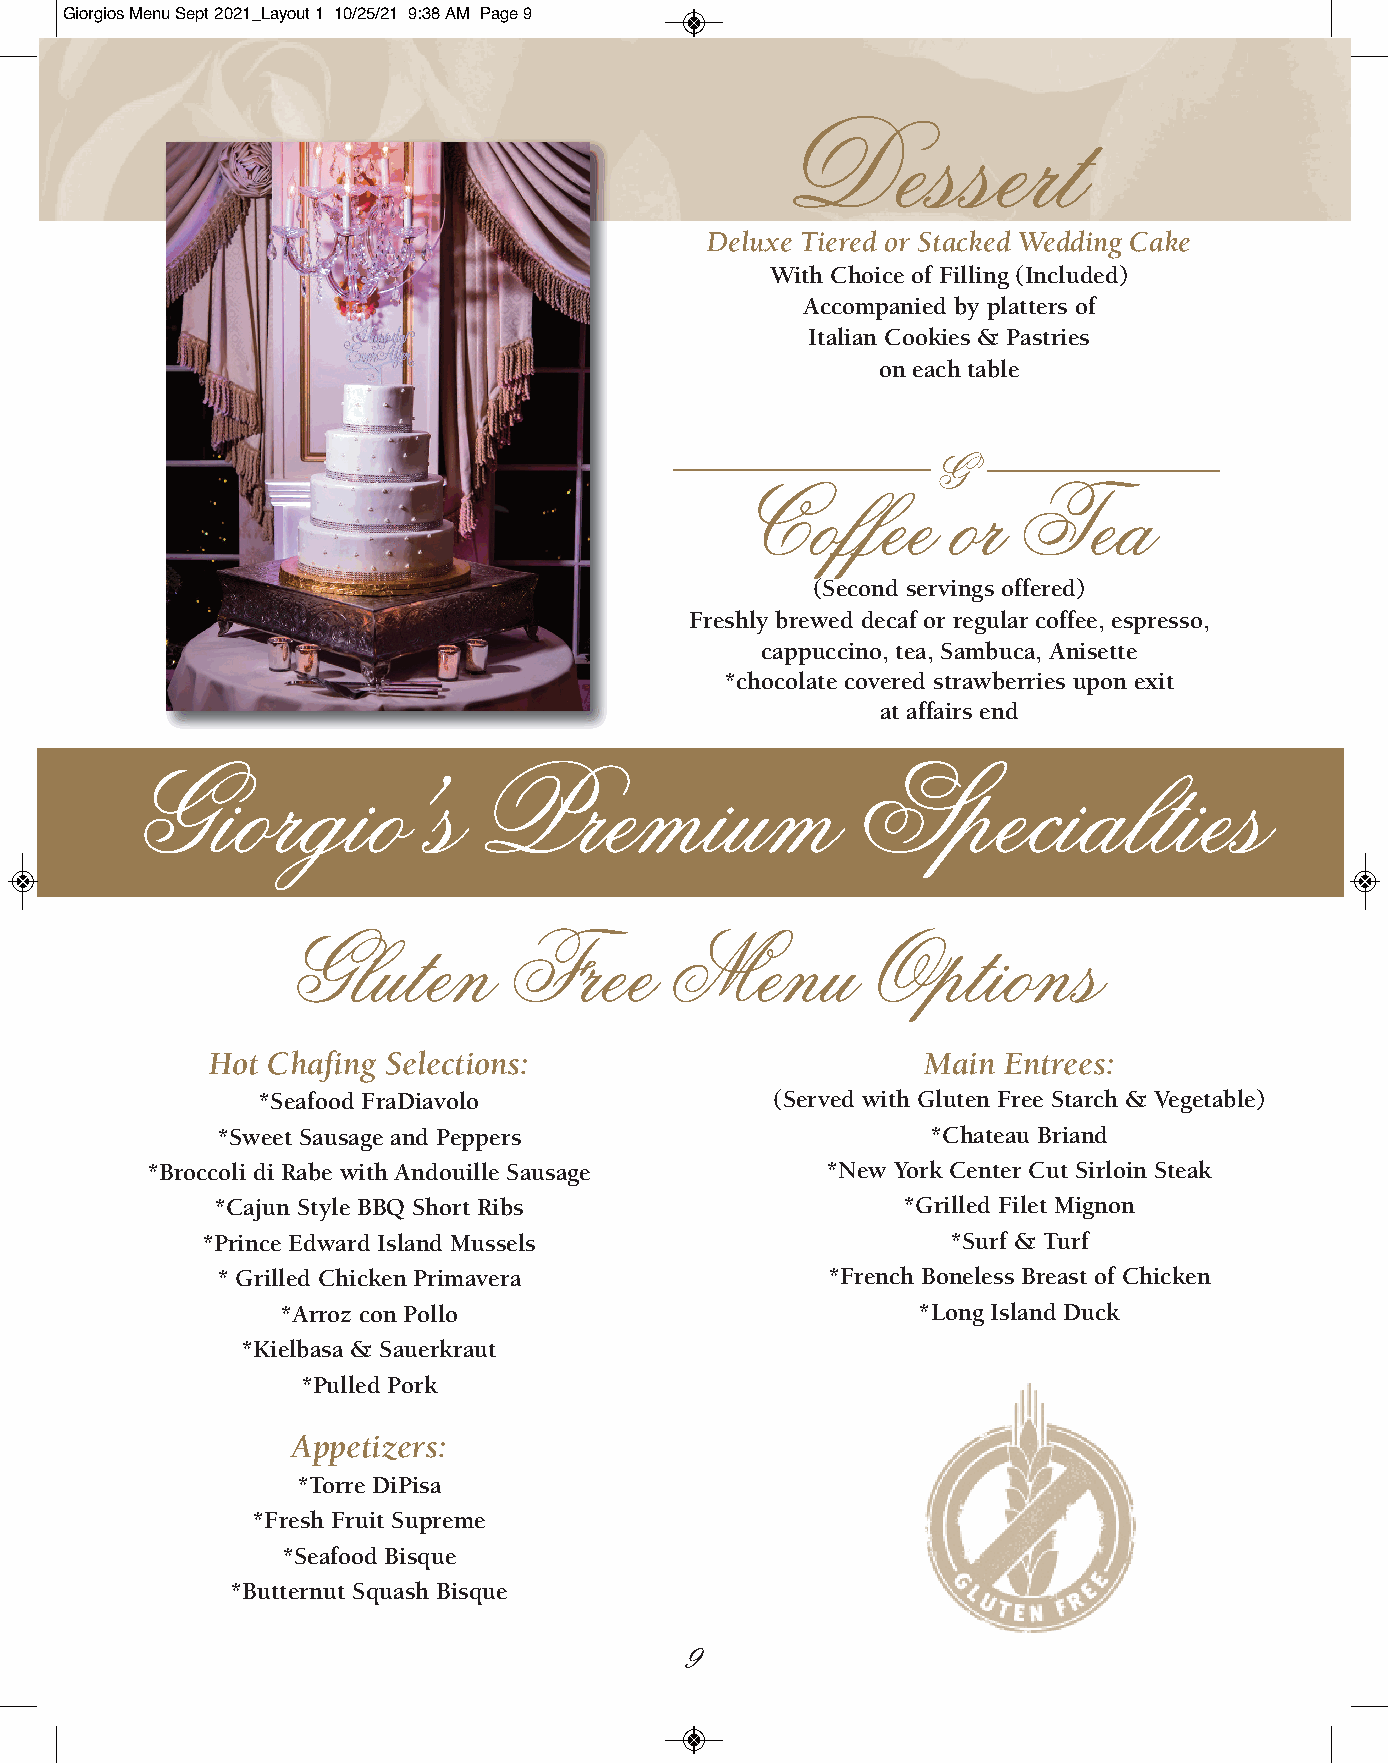
Giorgios Menu Sept 2021_Layout 1 10/25/21 9:38 AM Page 9
 Dessert
 Deluxe Tiered or Stacked Wedding Cake
 With Choice of Filling (Included)
 Accompanied by platters of
 Italian Cookies & Pastries
 on each table
 G
 Coffee        or  Tea
 (Second servings offered)
 Freshly brewed decaf or regular coffee, espresso,
 cappuccino, tea, Sambuca, Anisette
 *chocolate covered strawberries upon exit
 at affairs end
 Giorgio’           s   Premium                  Specialties
 Gluten         Free      Menu          Options
 Hot Chafing Selections:                        Main Entrees:
 *Seafood FraDiavolo               (Served with Gluten Free Starch & Vegetable)
 *Sweet Sausage and Peppers                      *Chateau Briand
 *Broccoli di Rabe with Andouille Sausage     *New York Center Cut Sirloin Steak
 *Cajun Style BBQ Short Ribs                   *Grilled Filet Mignon
 *Prince Edward Island Mussels                     *Surf & Turf
 * Grilled Chicken Primavera              *French Boneless Breast of Chicken
 *Arroz con Pollo                          *Long Island Duck
 *Kielbasa & Sauerkraut
 *Pulled Pork
 Appetizers:
 *Torre DiPisa
 *Fresh Fruit Supreme
 *Seafood Bisque
 *Butternut Squash Bisque
 9